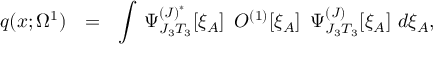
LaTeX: q ( x ; \Omega ^ { 1 } ) \ \ = \ \ \int \, \Psi _ { J _ { 3 } T _ { 3 } } ^ { { ( J ) } ^ { * } } [ \xi _ { A } ] \, \, \, O ^ { ( 1 ) } [ \xi _ { A } ] \, \, \, \Psi _ { J _ { 3 } T _ { 3 } } ^ { ( J ) } [ \xi _ { A } ] \, \, d \xi _ { A } ,